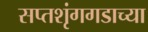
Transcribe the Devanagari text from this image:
सप्तशृंगगडाच्या